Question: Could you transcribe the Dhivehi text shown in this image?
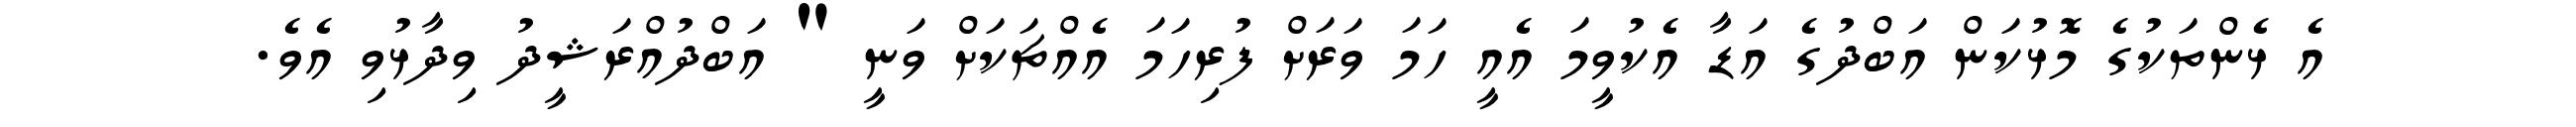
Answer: އެ ޅެންތަކުގެ މޮޅުކަން އަބްދުގެ އަޑާ އެކުވީމަ އެއީ ހަމަ ވަރަށް ފުރިހަމަ އެއްޗަކަށް ވަނީ " އަބްދުއްރަޝީދު ވިދާޅުވި އެވެ.